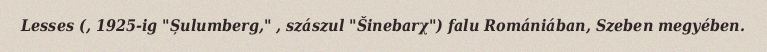
Lesses (, 1925-ig "Șulumberg," , szászul "Šinebarχ") falu Romániában, Szeben megyében.